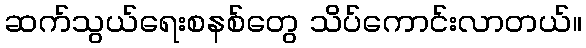
ဆက်သွယ်ရေးစနစ်တွေ သိပ်ကောင်းလာတယ်။